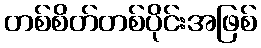
တစ်စိတ်တစ်ပိုင်းအဖြစ်